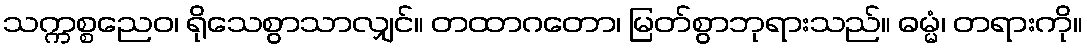
သက္ကစ္စညေဝ၊ ရိုသေစွာသာလျှင်။ တထာဂတော၊ မြတ်စွာဘုရားသည်။ ဓမ္မံ၊ တရားကို။